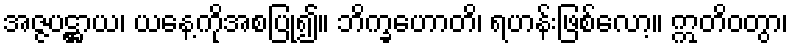
အဇ္ဇပဋ္ဌာယ၊ ယနေ့ကိုအစပြု၍။ ဘိက္ခဟောတိ၊ ရဟန်းဖြစ်လော့။ ဣတိဝတွာ၊